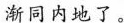
渐同内地了。